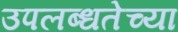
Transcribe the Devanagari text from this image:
उपलब्धतेच्या